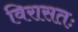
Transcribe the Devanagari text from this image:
विरासतः